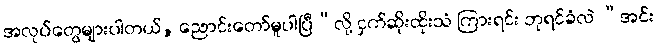
အလုပ်တွေများပါတယ်, ညောင်းတော်မူပါပြီ”လို့ ငှက်ဆိုးထိုးသံ ကြားရင်း ဘုရင်ခံလဲ “အင်း